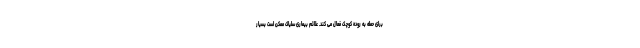
برای حمله به روده کوچک فعال می کند. علائم بیماری سلیاک ممکن است بسیار